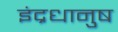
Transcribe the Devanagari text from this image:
इंद्रधानुष